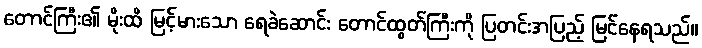
တောင်ကြီး၏ မိုးထိ မြင့်မားသော ရေခဲဆောင်း တောင်ထွတ်ကြီးကို ပြတင်းအပြည့် မြင်နေရသည်။